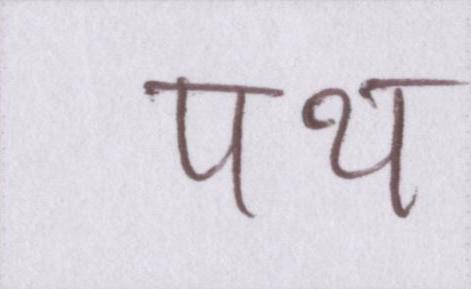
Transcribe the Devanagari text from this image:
पथ